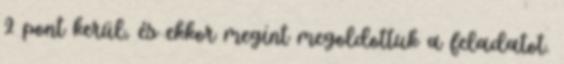
2 pont kerül, és ekkor megint megoldottuk a feladatot.